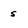
Character: s